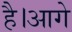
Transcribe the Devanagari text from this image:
है।आगे